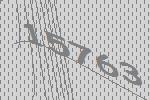
15763